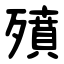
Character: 㱵